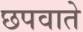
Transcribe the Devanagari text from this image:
छपवाते